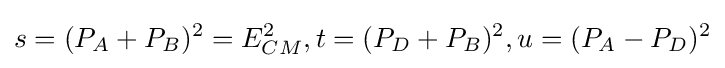
s=(P_{A}+P_{B})^{2}=E_{CM}^{2},t=(P_{D}+P_{B})^{2},u=(P_{A}-P_{D})^{2}